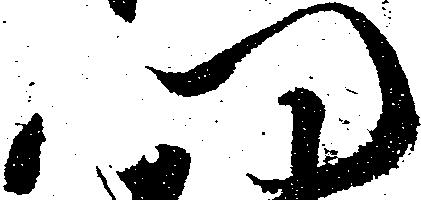
門